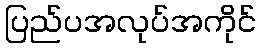
ပြည်ပအလုပ်အကိုင်